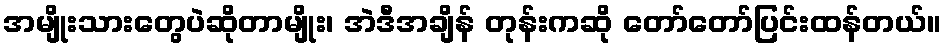
အမျိုးသားတွေပဲဆိုတာမျိုး၊ အဲဒီအချိန် တုန်းကဆို တော်တော်ပြင်းထန်တယ်။